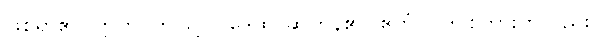
ဖြစ်ရာ၏။ ဣတိ၊ ဤသို့။ ဝဒေထ၊ ဆိုကုန်၏။ ဧတံပိ၊ ဤစကားကိုလည်း။